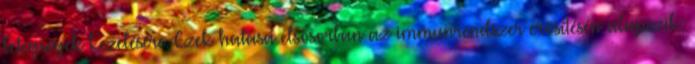
betegségek kezelésére. Ezek hatása elsősorban az immunrendszer erősítésén alapszik,